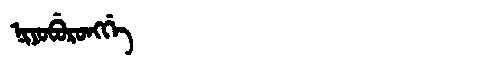
Manchu: ᠨᡳᠶᠣᠪᡠᡵᠣᠩᡤᡝ
Romanization: NIYOBURONGGE